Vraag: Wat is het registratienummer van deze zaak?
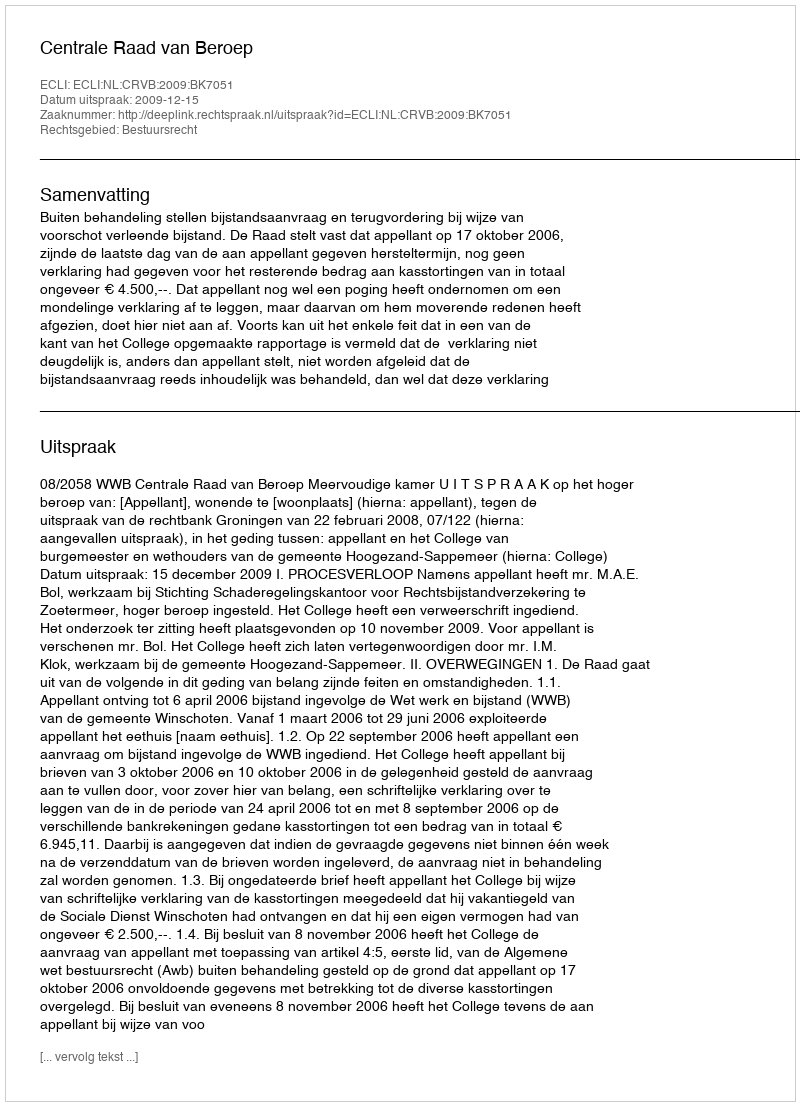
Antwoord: http://deeplink.rechtspraak.nl/uitspraak?id=ECLI:NL:CRVB:2009:BK7051